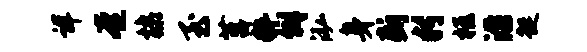
详奄棣至莒粹僻泓身断判柩沿起